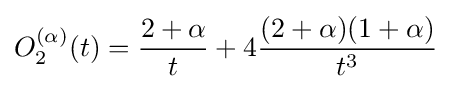
O_{2}^{(\alpha )}(t)={\frac {2+\alpha }{t}}+4{\frac {(2+\alpha )(1+\alpha )}{t^{3}}}